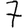
Digit: 7